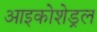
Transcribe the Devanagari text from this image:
आइकोशेड्रल